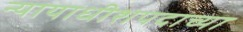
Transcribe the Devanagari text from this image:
न्यायाधीशपदाच्या